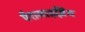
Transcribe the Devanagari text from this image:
पैरालाइज़िंग